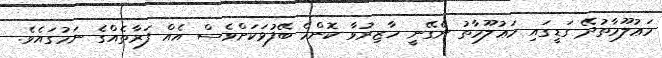
މަޢުލޫމާތުދޭ ގަޑީގައި މަޢުލޫމާތު ނެގޭނީ ހާޒިރުވާ ކޮންމެ ބޭފުޅަކަށްވެސް އެއް ފަރާތެއްގެ ނަމުގައެވެ.